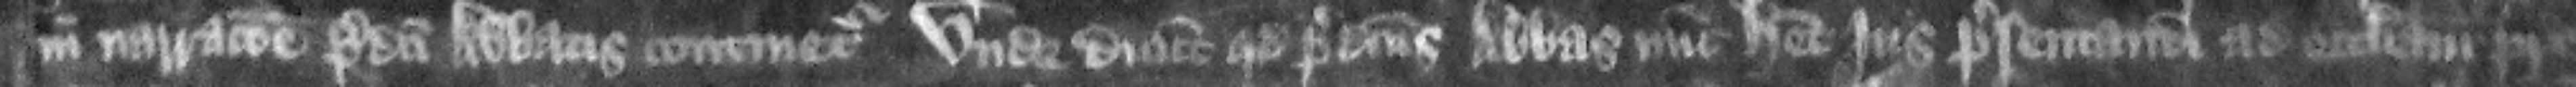
in narracione predicti abbatis continetur. Vnde dicunt quod predicts abbas nunc habet ius presentandi ad ecclesiam pre